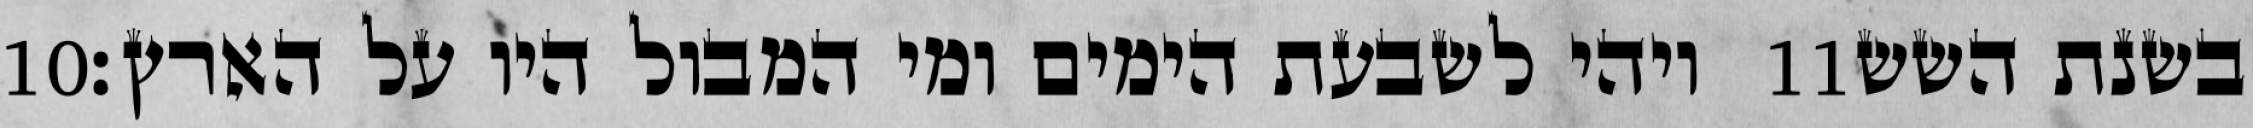
‎10‏ ויהי לשבעת הימים ומי המבול היו על הארץ׃ ‎11‏ בשנת השש